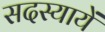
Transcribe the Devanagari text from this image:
सदस्यायें